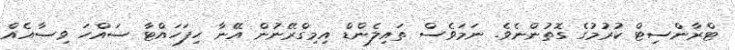
ޓްރާންސިޓް ކުރުމުގެ ގޮތުންނެވެ. ނަމަވެސް ތައިލެންޑް އިމިގްރޭނުން އޭނާ ހިފަހައްޓާ ސައްހަ ވިސާއެއް